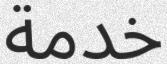
خدمة